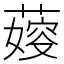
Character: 𦺋